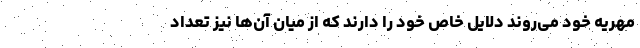
مهریه خود می‌روند دلایل خاص خود را دارند که از میان آن‌ها نیز تعداد